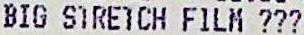
BIG STRETCH FILM ???